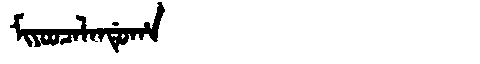
Manchu: ᠮᡳᠶᠣᠣᠴᠠᠯᠠᠨᡩᡠᡥᠠ
Romanization: MIYOOCALANDUHA